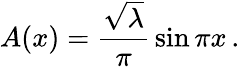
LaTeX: A(x)={\frac{\sqrt\lambda}{\pi}}\sin\pi x\, .